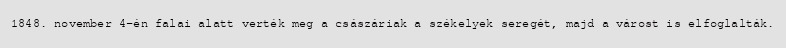
1848. november 4-én falai alatt verték meg a császáriak a székelyek seregét, majd a várost is elfoglalták.